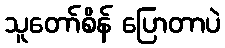
သူတော်စိန် ပြောတာပဲ